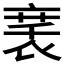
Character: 𬡚